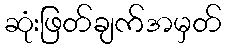
ဆုံးဖြတ်ချက်အမှတ်